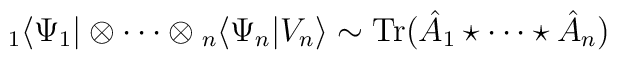
{}_{1}\langle \Psi_1|\otimes \cdots \otimes {}_{n}\langle \Psi_n|V_{n}\rangle \sim \mbox{Tr}(\hat{A}_1\star \cdots \star \hat{A}_n)